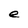
Character: e